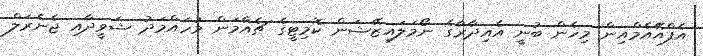
އެފްއޭއެމްއިން މިހެން ބުނީ އެއިދާރާގެ ނޯމަލައިޒޭޝަން ކޮމިޓީގެ ޗެއާމަން މުހައްމަދު ޝަވީދާއި ޖެނެރަލް